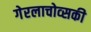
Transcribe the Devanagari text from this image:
गेरलाचोव्सकी